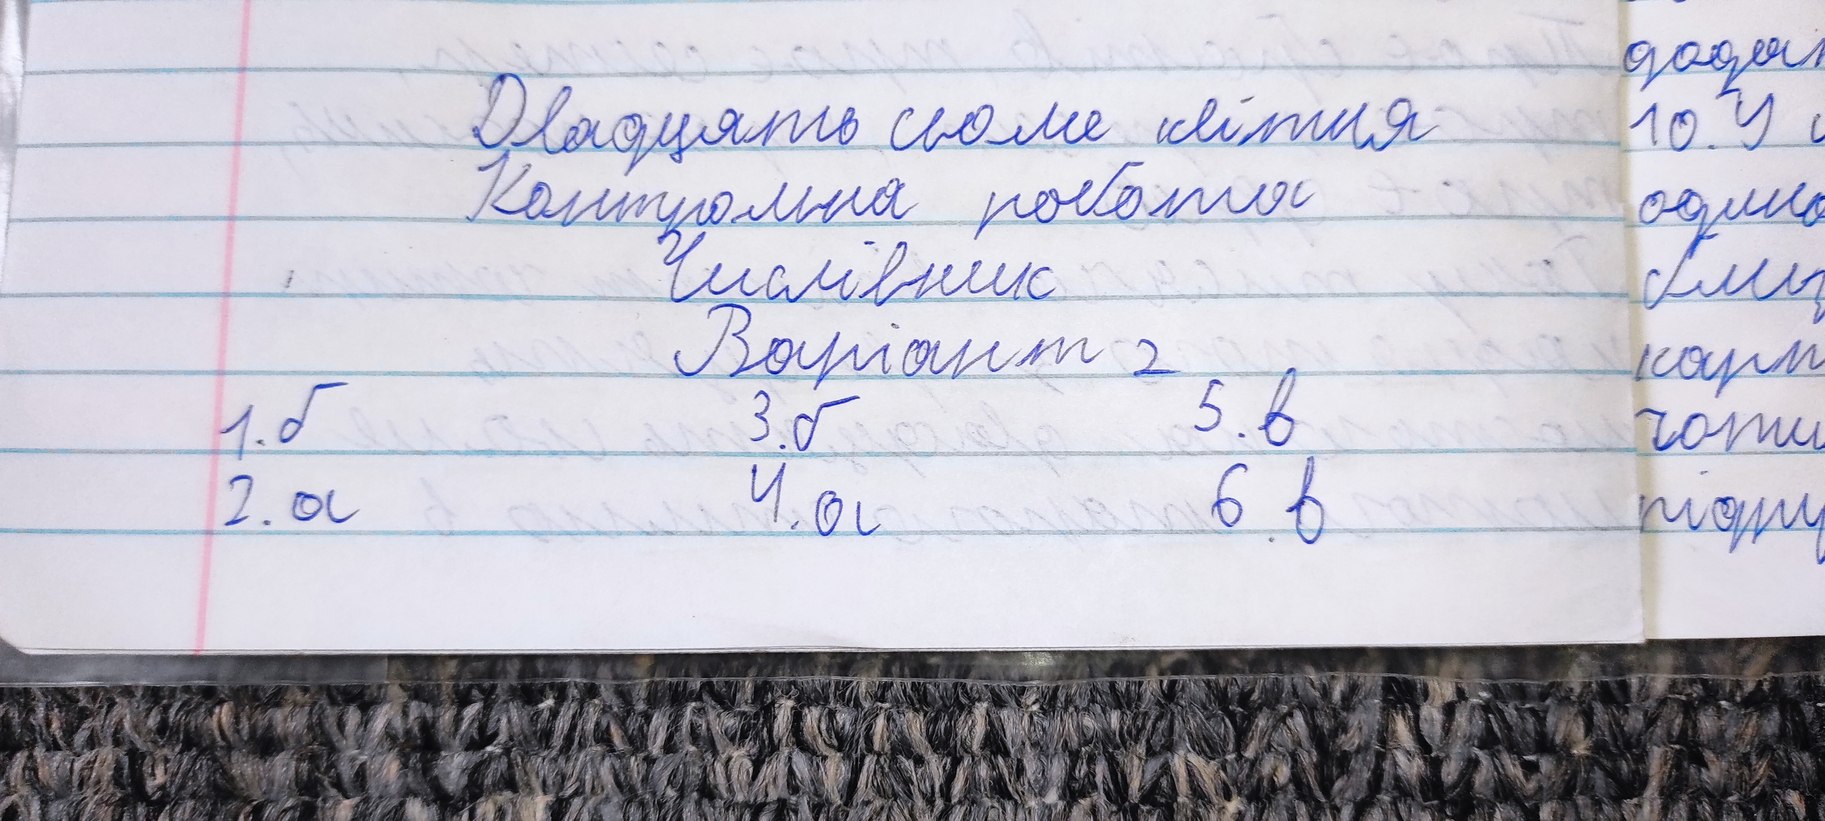
Двадцять сьоме квітня
Контрольна робота
Числівник
Варіант 2
5. в
1. б
3. б
6. в
4. а
2. а